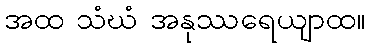
အထ သံဃံ အနုဿရေယျာထ။